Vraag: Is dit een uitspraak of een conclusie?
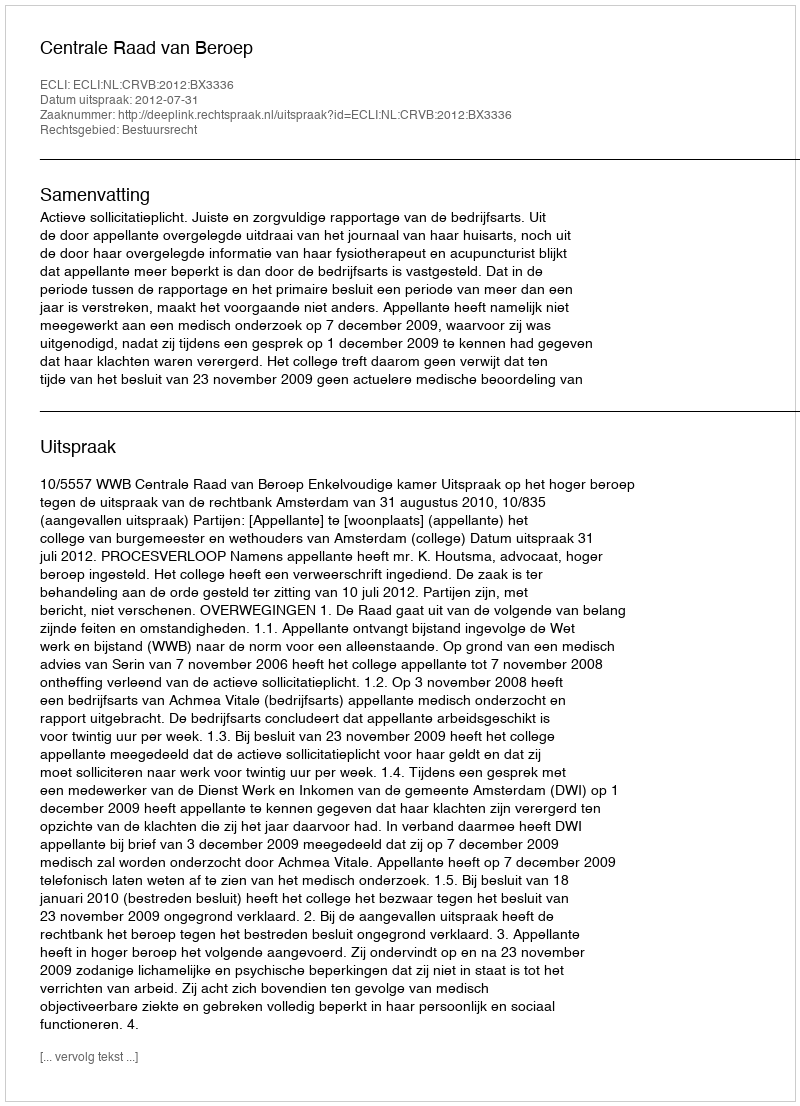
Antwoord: Uitspraak